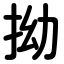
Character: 拗